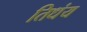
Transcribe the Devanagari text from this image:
तिधंय